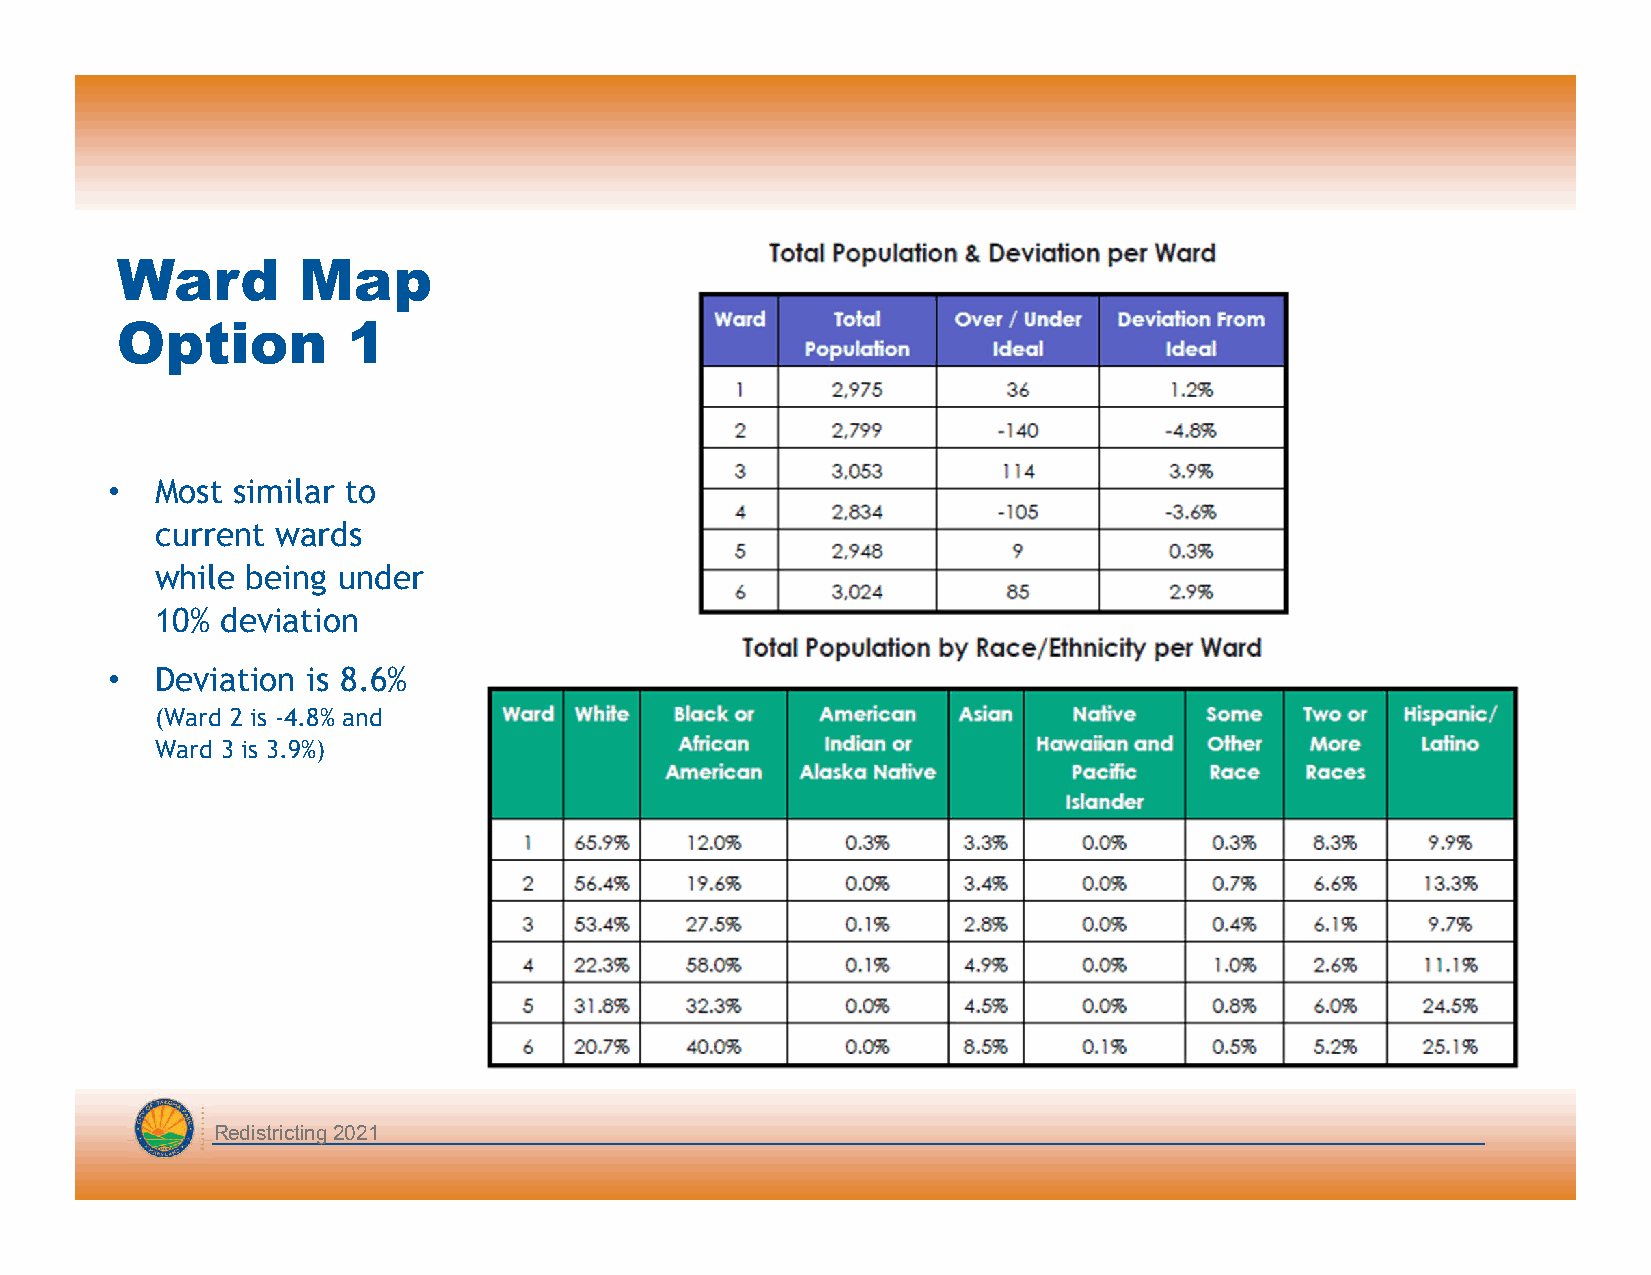
Ward        Map
 Option         1
 •  Most similar to
 current wards
 while being under
 10%  deviation
 •  Deviation is 8.6%
 (Ward 2 is -4.8% and
 Ward 3 is 3.9%)
 Redistricting 2021